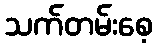
သက်တမ်းစေ့